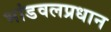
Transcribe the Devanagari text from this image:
भांडवलप्रधान